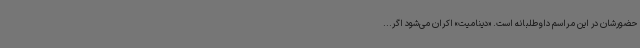
حضورشان در این مراسم داوطلبانه است. «دینامیت» اکران می‌شود اگر...